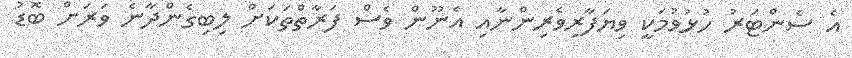
އެ ސެންޓަރު ހުޅުވުމަކީ ވިޔަފާރިވެރިންނާއި އެނޫން ވެސް ފަރާތްތަކަށް ލިބިގެންދާނެ ވަރަށް ބޮޑު